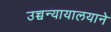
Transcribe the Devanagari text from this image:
उच्चन्यायालयाने